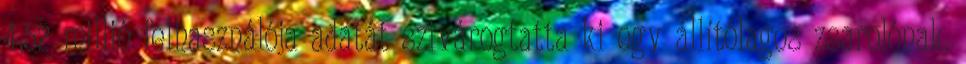
4,52 millió felhasználója adatát szivárogtatta ki egy állítólagos zsarolónak.